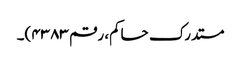
مستدرک حاکم، رقم ۴۳۸۳)۔